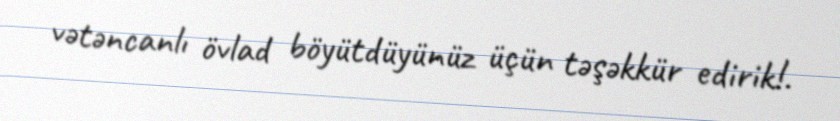
vətəncanlı övlad böyütdüyünüz üçün təşəkkür edirik!.